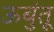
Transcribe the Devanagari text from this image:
ऊबुंतू